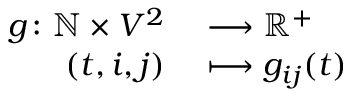
\begin{array} { r l } { g \colon \mathbb { N } \times V ^ { 2 } } & { { } \longrightarrow \mathbb { R } ^ { + } } \\ { ( t , i , j ) } & { { } \longmapsto g _ { i j } ( t ) } \end{array}